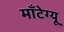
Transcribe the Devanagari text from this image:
मॉंटेग्यू